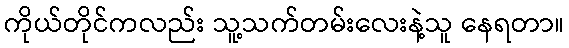
ကိုယ်တိုင်ကလည်း သူ့သက်တမ်းလေးနဲ့သူ နေရတာ။